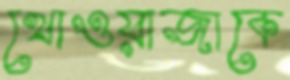
খোওয়াজাকে